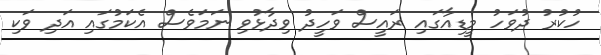
ހުކުރު ދުވަހު މީޑިއާގައި ރައީސް ވަހީދު ވިދާޅުވި ނަމަވެސް އެކަމުގައި އަދި ވަކި